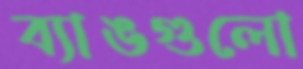
ব্যাঙগুলো